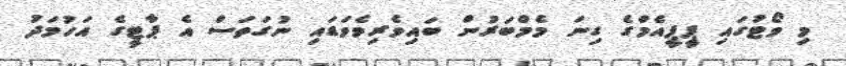
މި ވޯޓުގައި ޕީޕީއެމްގެ ގިނަ މެމްބަރުން ބައިވެރިވެވަޑައި ނުގަތަސް އެ ޕާޓީގެ އަހުމަދު